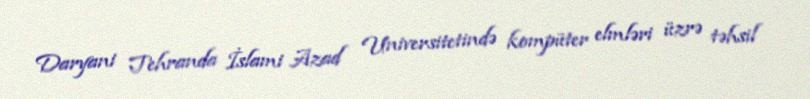
Daryani Tehranda İslami Azad Universitetində kompüter elmləri üzrə təhsil